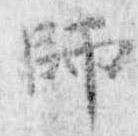
師